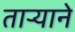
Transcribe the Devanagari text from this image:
तार्‍याने